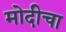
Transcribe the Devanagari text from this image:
मोदीचा